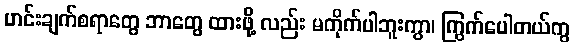
ဟင်းချက်စရာတွေ ဘာတွေ ထားဖို့ လည်း မကိုက်ပါဘူးကွာ၊ ကြွက်ပေါတယ်ကွ